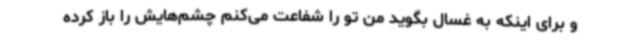
و برای اینکه به غسال بگوید من تو را شفاعت می‌کنم چشم‌هایش را باز کرده